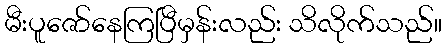
မီးပူဇော်နေကြပြီမှန်းလည်း သိလိုက်သည်။